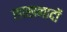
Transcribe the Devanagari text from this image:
लाखनादों